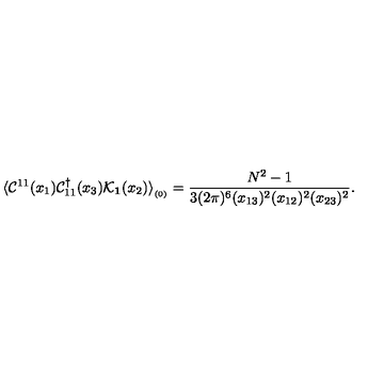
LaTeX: \langle { \cal C } ^ { 1 1 } ( x _ { 1 } ) { \cal C } _ { 1 1 } ^ { \dagger } ( x _ { 3 } ) { \cal K } _ { { \bf 1 } } ( x _ { 2 } ) \rangle _ { _ { ( 0 ) } } = { \frac { N ^ { 2 } - 1 } { 3 ( 2 \pi ) ^ { 6 } ( x _ { 1 3 } ) ^ { 2 } ( x _ { 1 2 } ) ^ { 2 } ( x _ { 2 3 } ) ^ { 2 } } } .